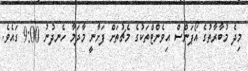
މިދެ މުބާރާތުގެ އޯޕަންސް އިވެންޓްތަކުގެ މެޗުތަށް ފަށާނީ މާދަމާ ހެނދުނު 9:00 ގައެވެ.